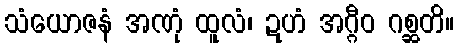
သံယောဇနံ အဏုံ ထူလံ၊ ဍဟံ အဂ္ဂီဝ ဂစ္ဆတိ။